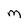
Character: M